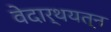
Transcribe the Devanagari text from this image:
वेदार्थयत्न